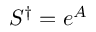
S ^ { \dagger } = e ^ { A }